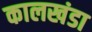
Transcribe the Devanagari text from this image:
कालखंडा